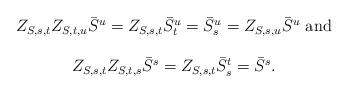
LaTeX: \begin{align*}\begin{array}{c}Z_{S,s,t}Z_{S,t,u}\bar{S}^{u}=Z_{S,s,t}\bar{S}^{u}_{t}= \bar{S}^{u}_{s}=Z_{S,s,u}\bar{S}^{u}\mbox{ and} \\\\Z_{S,s,t}Z_{S,t,s}\bar{S}^{s}=Z_{S,s,t}\bar{S}^{t}_{s} =\bar{S}^{s}.\end{array}\end{align*}